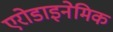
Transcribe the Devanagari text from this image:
एरोडाइनेमिक